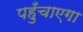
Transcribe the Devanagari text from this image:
पहुँचाएगा